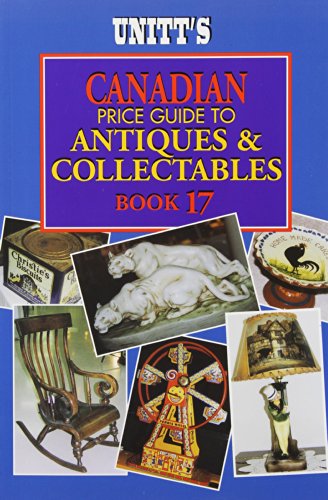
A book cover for Unitt's Canadian Price Guide to Antiques and Collectables (Unitt's Guides); Peter Sutton-Smith; Crafts, Hobbies & Home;